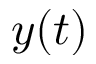
y ( t )